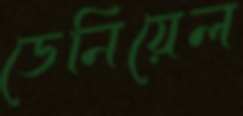
ডেনিয়েল